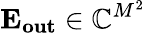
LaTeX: \mathbf{E_{out}}\in\mathbb{C}^{M^{2}}